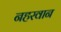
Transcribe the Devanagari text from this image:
नहरवान